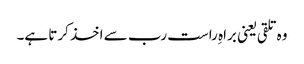
وہ تلقی یعنی براہِ راست رب سے اخذ کرتا ہے۔